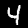
Label: 4